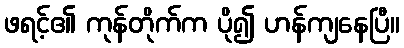
ဖရင့်၏ ကုန်တိုက်က ပို၍ ဟန်ကျနေပြီ။